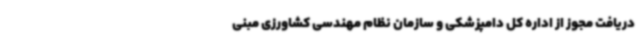
دریافت مجوز از اداره کل دامپزشکی و سازمان نظام مهندسی کشاورزی مبنی